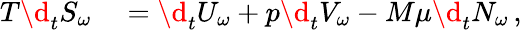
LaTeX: \begin{array}{rl}{T\d_{t}S_{\omega}}&{{}=\d_{t}U_{\omega}+p\d_{t}V_{\omega}-M\mu\d_{t}N_{\omega}\, ,}\end{array}